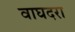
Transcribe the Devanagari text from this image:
वाघदरा